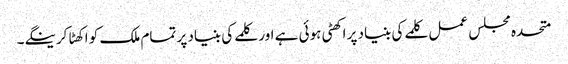
متحدہ مجلس عمل کلمے کی بنیاد پر اکھٹی ہوئی ہے اور کلمے کی بنیاد پر تمام ملک کو اکھٹا کرینگے۔